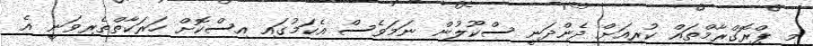
މި ޕްރޮގްރާމްތައް ކުރިއަށް ދެންދަނީ ސްކޫލުން ނަމަވެސް އެކަމުގައި އިސްކޮށް ހަރަކާތްތެރިވަނީ އެ